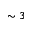
\sim 3